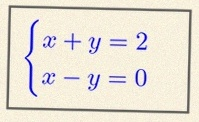
\begin{cases}x+y=2\\x-y=0\end{cases}